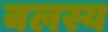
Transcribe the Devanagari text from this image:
बलस्य